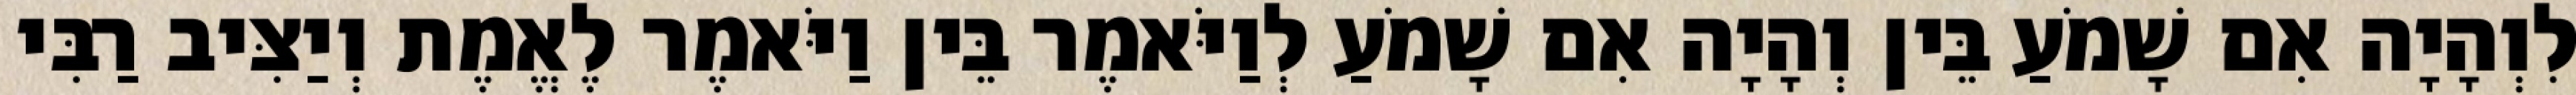
לִוְהָיָה אִם שָׁמֹעַ בֵּין וְהָיָה אִם שָׁמֹעַ לְוַיֹּאמֶר בֵּין וַיֹּאמֶר לֶאֱמֶת וְיַצִּיב רַבִּי